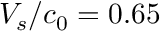
V _ { s } / c _ { 0 } = 0 . 6 5